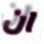
ان